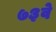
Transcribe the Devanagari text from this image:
७३वे